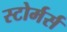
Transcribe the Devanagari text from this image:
स्टोर्मर्स